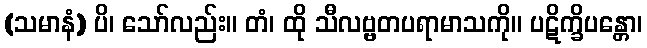
(သမာနံ) ပိ၊ သော်လည်း။ တံ၊ ထို သီလဗ္ဗတပရာမာသကို။ ပဋိက္ခိပန္တော၊